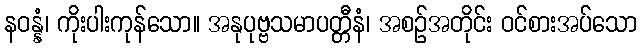
နဝန္နံ၊ ကိုးပါးကုန်သော။ အနုပုဗ္ဗသမာပတ္တီနံ၊ အစဉ်အတိုင်း ဝင်စားအပ်သော